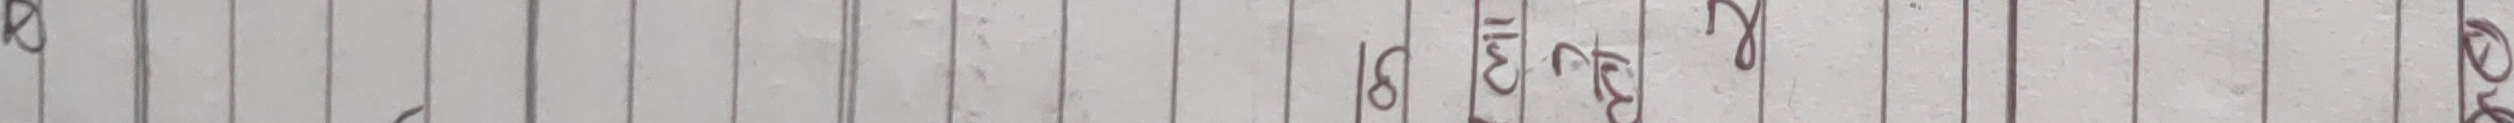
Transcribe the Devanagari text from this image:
४३८२७